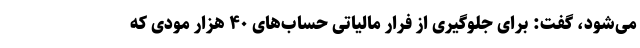
می‌شود، گفت: برای جلوگیری از فرار مالیاتی حساب‌های ۴۰ هزار مودی که